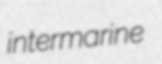
intermarine